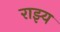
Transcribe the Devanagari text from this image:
राझ्य